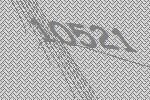
10521